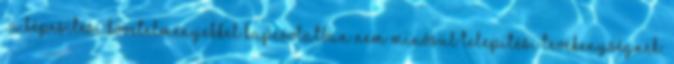
. A képesítési követelményekkel kapcsolatban nem minõsül telepítési tevékenységnek: